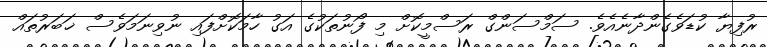
ރުފިޔާ ކުޑަވެގެންދާނެއެވެ. ސަމްސަންގް ރަސްމީކޮށް މި ފޯނުތަކުގެ އަގު ހާމަކޮށްފައި ނުވިނަމަވެސް ޚަބަރުތައް